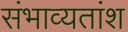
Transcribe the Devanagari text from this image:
संभाव्यतांश